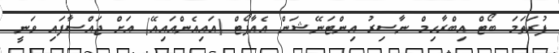
ފުރަތަމަ ބޯޓް އިބްރާހިމް ނާސިރު އިންޓަނޭޝަން އެއާޕޯޓް (އައިއެންއައިއޭ) އަށް ޖައްސާފައި ވަނީ